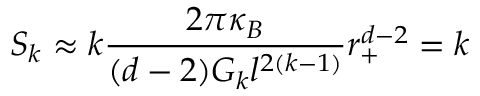
S _ { k } \approx k \frac { 2 \pi \kappa _ { B } } { ( d - 2 ) G _ { k } l ^ { 2 ( k - 1 ) } } r _ { + } ^ { d - 2 } = k